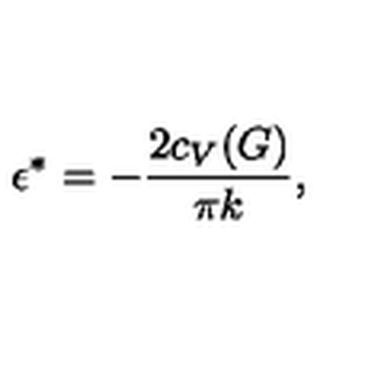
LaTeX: \epsilon ^ { * } = - { \frac { 2 c _ { V } ( G ) } { \pi k } } ,